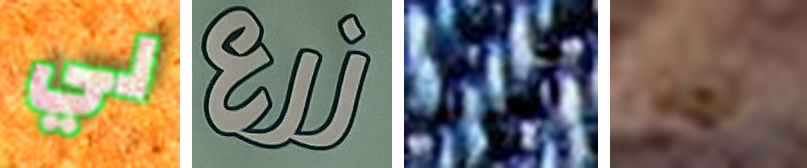
لي زرع أحد لماذا